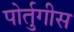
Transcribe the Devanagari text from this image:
पोर्तुगीस